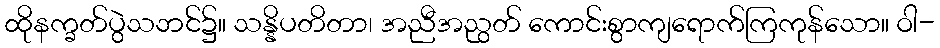
ထိုနက္ခတ်ပွဲသဘင်၌။ သန္နိပတိတာ၊ အညီအညွတ် ကောင်းစွာကျရောက်ကြကုန်သော။ ဝါ-